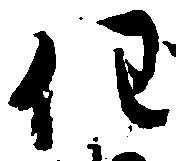
任